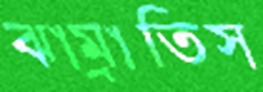
ঝাম্‌রাতিস